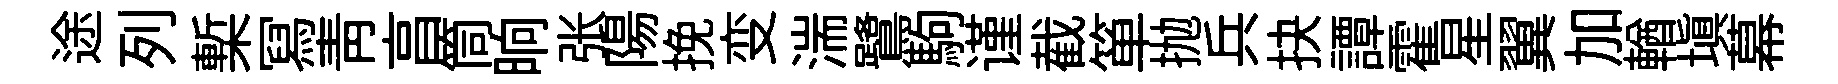
途列槧冩青亯筒晌张陽挽变湍鷺駒谨截箪抛兵抉譚霍星翼加輶填幕